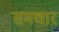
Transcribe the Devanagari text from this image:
समचार